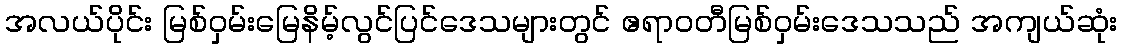
အလယ်ပိုင်း မြစ်ဝှမ်းမြေနိမ့်လွင်ပြင်ဒေသများတွင် ဧရာဝတီမြစ်ဝှမ်းဒေသသည် အကျယ်ဆုံး